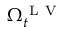
\Omega _ { t } ^ { \mathrm { ~ L ~ V ~ } }